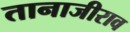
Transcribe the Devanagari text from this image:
तानाजीराव